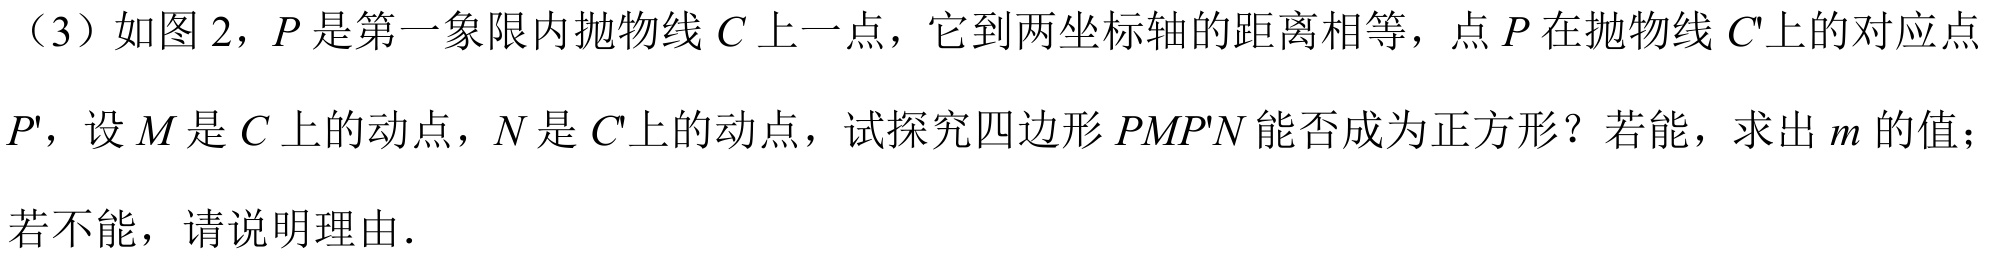
（3）如图 2，\(P\)是第一象限内抛物线\(C\)上一点，它到两坐标轴的距离相等，点\(P\)在抛物线\(C'\)上的对应点\(P'\)，设\(M\)是\(C\)上的动点，\(N\)是\(C'\)上的动点，试探究四边形\(PMP'N\)能否成为正方形？若能，求出\(m\)的值；若不能，请说明理由.